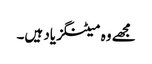
مجھے وہ میٹنگز یاد ہیں۔